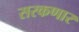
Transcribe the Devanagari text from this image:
सरकणार